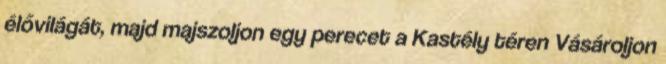
élővilágát, majd majszoljon egy perecet a Kastély téren Vásároljon